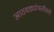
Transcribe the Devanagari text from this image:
आठवड्यांपलीकडे